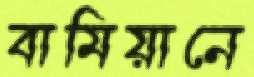
বামিয়ানে